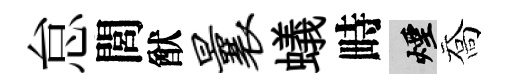
怠閭猷曩蟻畤煙喬